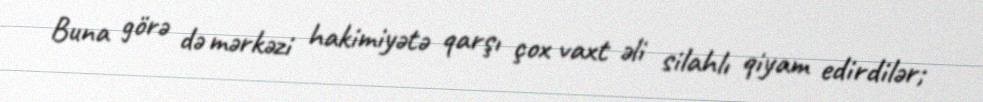
Buna görə də mərkəzi hakimiyətə qarşı çox vaxt əli silahlı qiyam edirdilər;